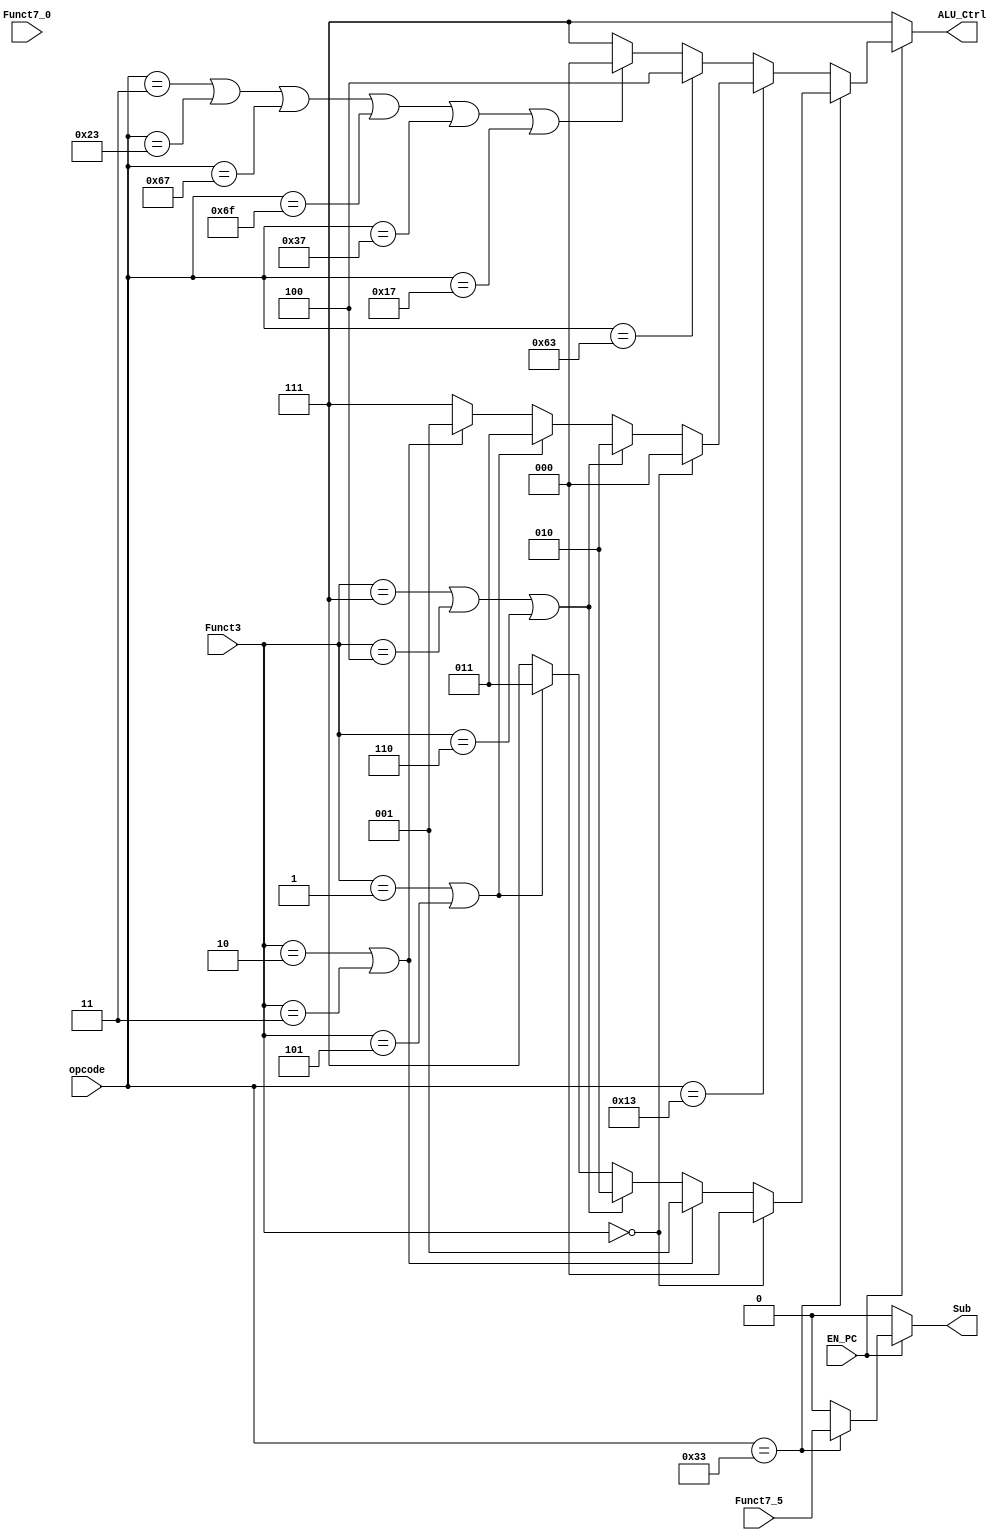
module ALU_Control
#(
	parameter ALU_DECODER_IN = 3
)
(
	// Input
	input  wire [2:0] Funct3,
	input  wire       Funct7_5,
	input  wire       Funct7_0,
	input  wire       EN_PC,
	input  wire [6:0] opcode,    
	// Output
	output reg  [ALU_DECODER_IN-1:0] ALU_Ctrl,
	output reg           			 Sub
);

// Supported ISA Based on the opcode
// Integer Instrustions
// R_TYPE Format
localparam R_TYPE  = 7'b0110011;

// I_Type Format
localparam IMM 	   = 7'b0010011;
localparam LOAD    = 7'b0000011;
localparam JALR    = 7'b1100111;

// S_Type
localparam STORE   = 7'b0100011;
// SB_Type
localparam BRANCH  = 7'b1100011; 

// UJ_Type
localparam JAL     = 7'b1101111;

// U_Type
localparam LUI 	   = 7'b0110111;
localparam AUIPC   = 7'b0010111;

always @(*) begin

	Sub       = 1'b0;
	ALU_Ctrl = 3'b111;
	if (!EN_PC) begin
		ALU_Ctrl = 3'b111;
	end
	else if (opcode == R_TYPE) begin
		Sub = Funct7_5;
		if (Funct3 == 3'b000) begin
			ALU_Ctrl = 3'b000;
		end
		else if (Funct3 == 3'b010 || Funct3 == 3'b011) begin
			ALU_Ctrl = 3'b001;
		end
		else if (Funct3 == 3'b111 || Funct3 == 3'b100 || Funct3 == 3'b110) begin
			ALU_Ctrl = 3'b010;
		end
		else if (Funct3 == 3'b001 || Funct3 == 3'b101) begin
			ALU_Ctrl = 3'b011;
		end
		else begin
			ALU_Ctrl = 3'b111;
		end
	end
	else if (opcode == IMM) begin
		if (Funct3 == 3'b000) begin
			ALU_Ctrl = 3'b000;
		end
		else if (Funct3 == 3'b111 || Funct3 == 3'b100 || Funct3 == 3'b110) begin
			ALU_Ctrl = 3'b010;
		end
		else if (Funct3 == 3'b001 || Funct3 == 3'b101) begin
			ALU_Ctrl = 3'b011;
		end
		else if (Funct3 == 3'b010 || Funct3 == 3'b011) begin
			ALU_Ctrl = 3'b001;
		end
		else begin
			ALU_Ctrl = 3'b111;
		end
	end
	else if (opcode == BRANCH) begin
		ALU_Ctrl = 3'b100;
	end
	else if (opcode == LOAD || opcode == STORE || opcode == JALR || opcode == JAL || opcode == LUI || opcode == AUIPC) begin
		ALU_Ctrl = 3'b000;
	end
	else begin
		ALU_Ctrl = 3'b111;
	end
end

endmodule